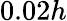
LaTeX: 0.02h